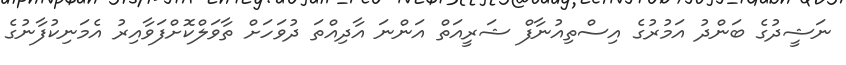
ނަޝީދުގެ ބަންދު އަމުރުގެ އިސްތިއުނާފް ޝަރީއަތް އަންނަ އާދިއްތަ ދުވަހަށް ތާވަލްކޮށްފަވާއިރު އެމަނިކުފާނުގެ